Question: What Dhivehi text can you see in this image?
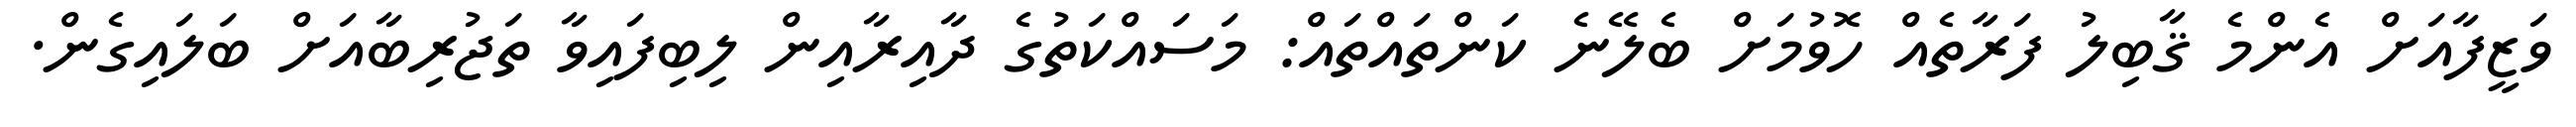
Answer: ވަޒީފާއަށް އެންމެ ޤާބިލު ފަރާތެއް ހޮވުމަށް ބެލޭނެ ކަންތައްތައް: މަސައްކަތުގެ ދާއިރާއިން ލިބިފައިވާ ތަޖުރިބާއަށް ބަލައިގެން.